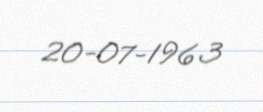
20-07-1963